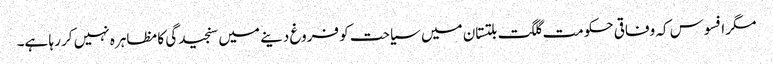
مگر افسوس کہ وفاقی حکومت گلگت بلتستان میں سیاحت کو فروغ دینے میں سنجیدگی کا مظاہرہ نہیں کر رہا ہے۔